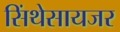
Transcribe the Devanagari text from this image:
सिंथेसायजर